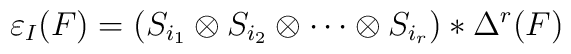
\varepsilon_I(F) = (S_{i_1}\otimes S_{i_2}\otimes \cdots\otimes S_{i_r})* \Delta^r(F)